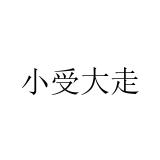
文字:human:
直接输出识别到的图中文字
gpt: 小受大走